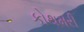
કોથમરી